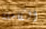
الكاملة